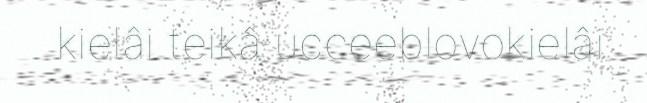
kielâi teikâ ucceeblovokielâi